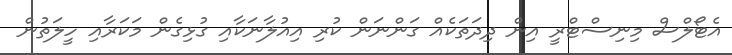
އެޓޯލްސް މިނިސްޓްރީ އިން ދިދަތަކެއް ގަންނަން ކުރި އިއުލާނަކާއި ގުޅިގެން މަކަރާއި ހީލަތުން